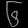
Digit: ၆